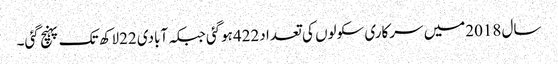
سال 2018میں سرکاری سکولوں کی تعدا د422ہوگئی جبکہ آبادی 22لاکھ تک پہنچ گئی۔